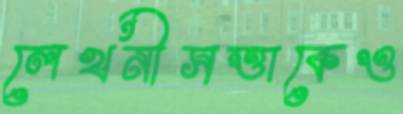
লেখনীসত্তাকেও